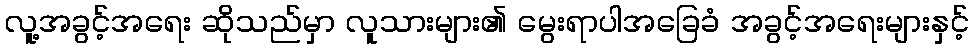
လူ့အခွင့်အရေး ဆိုသည်မှာ လူသားများ၏ မွေးရာပါအခြေခံ အခွင့်အရေးများနှင့်